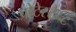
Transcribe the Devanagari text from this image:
प्रोटेस्टैन्ट